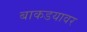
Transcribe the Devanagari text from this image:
बाकडयावर